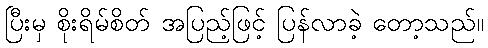
ပြီးမှ စိုးရိမ်စိတ် အပြည့်ဖြင့် ပြန်လာခဲ့ တော့သည်။